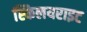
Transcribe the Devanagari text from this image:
स्किलयराइट